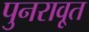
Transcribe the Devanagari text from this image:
पुनरावृ्त